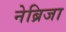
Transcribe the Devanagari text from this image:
नेब्रिजा